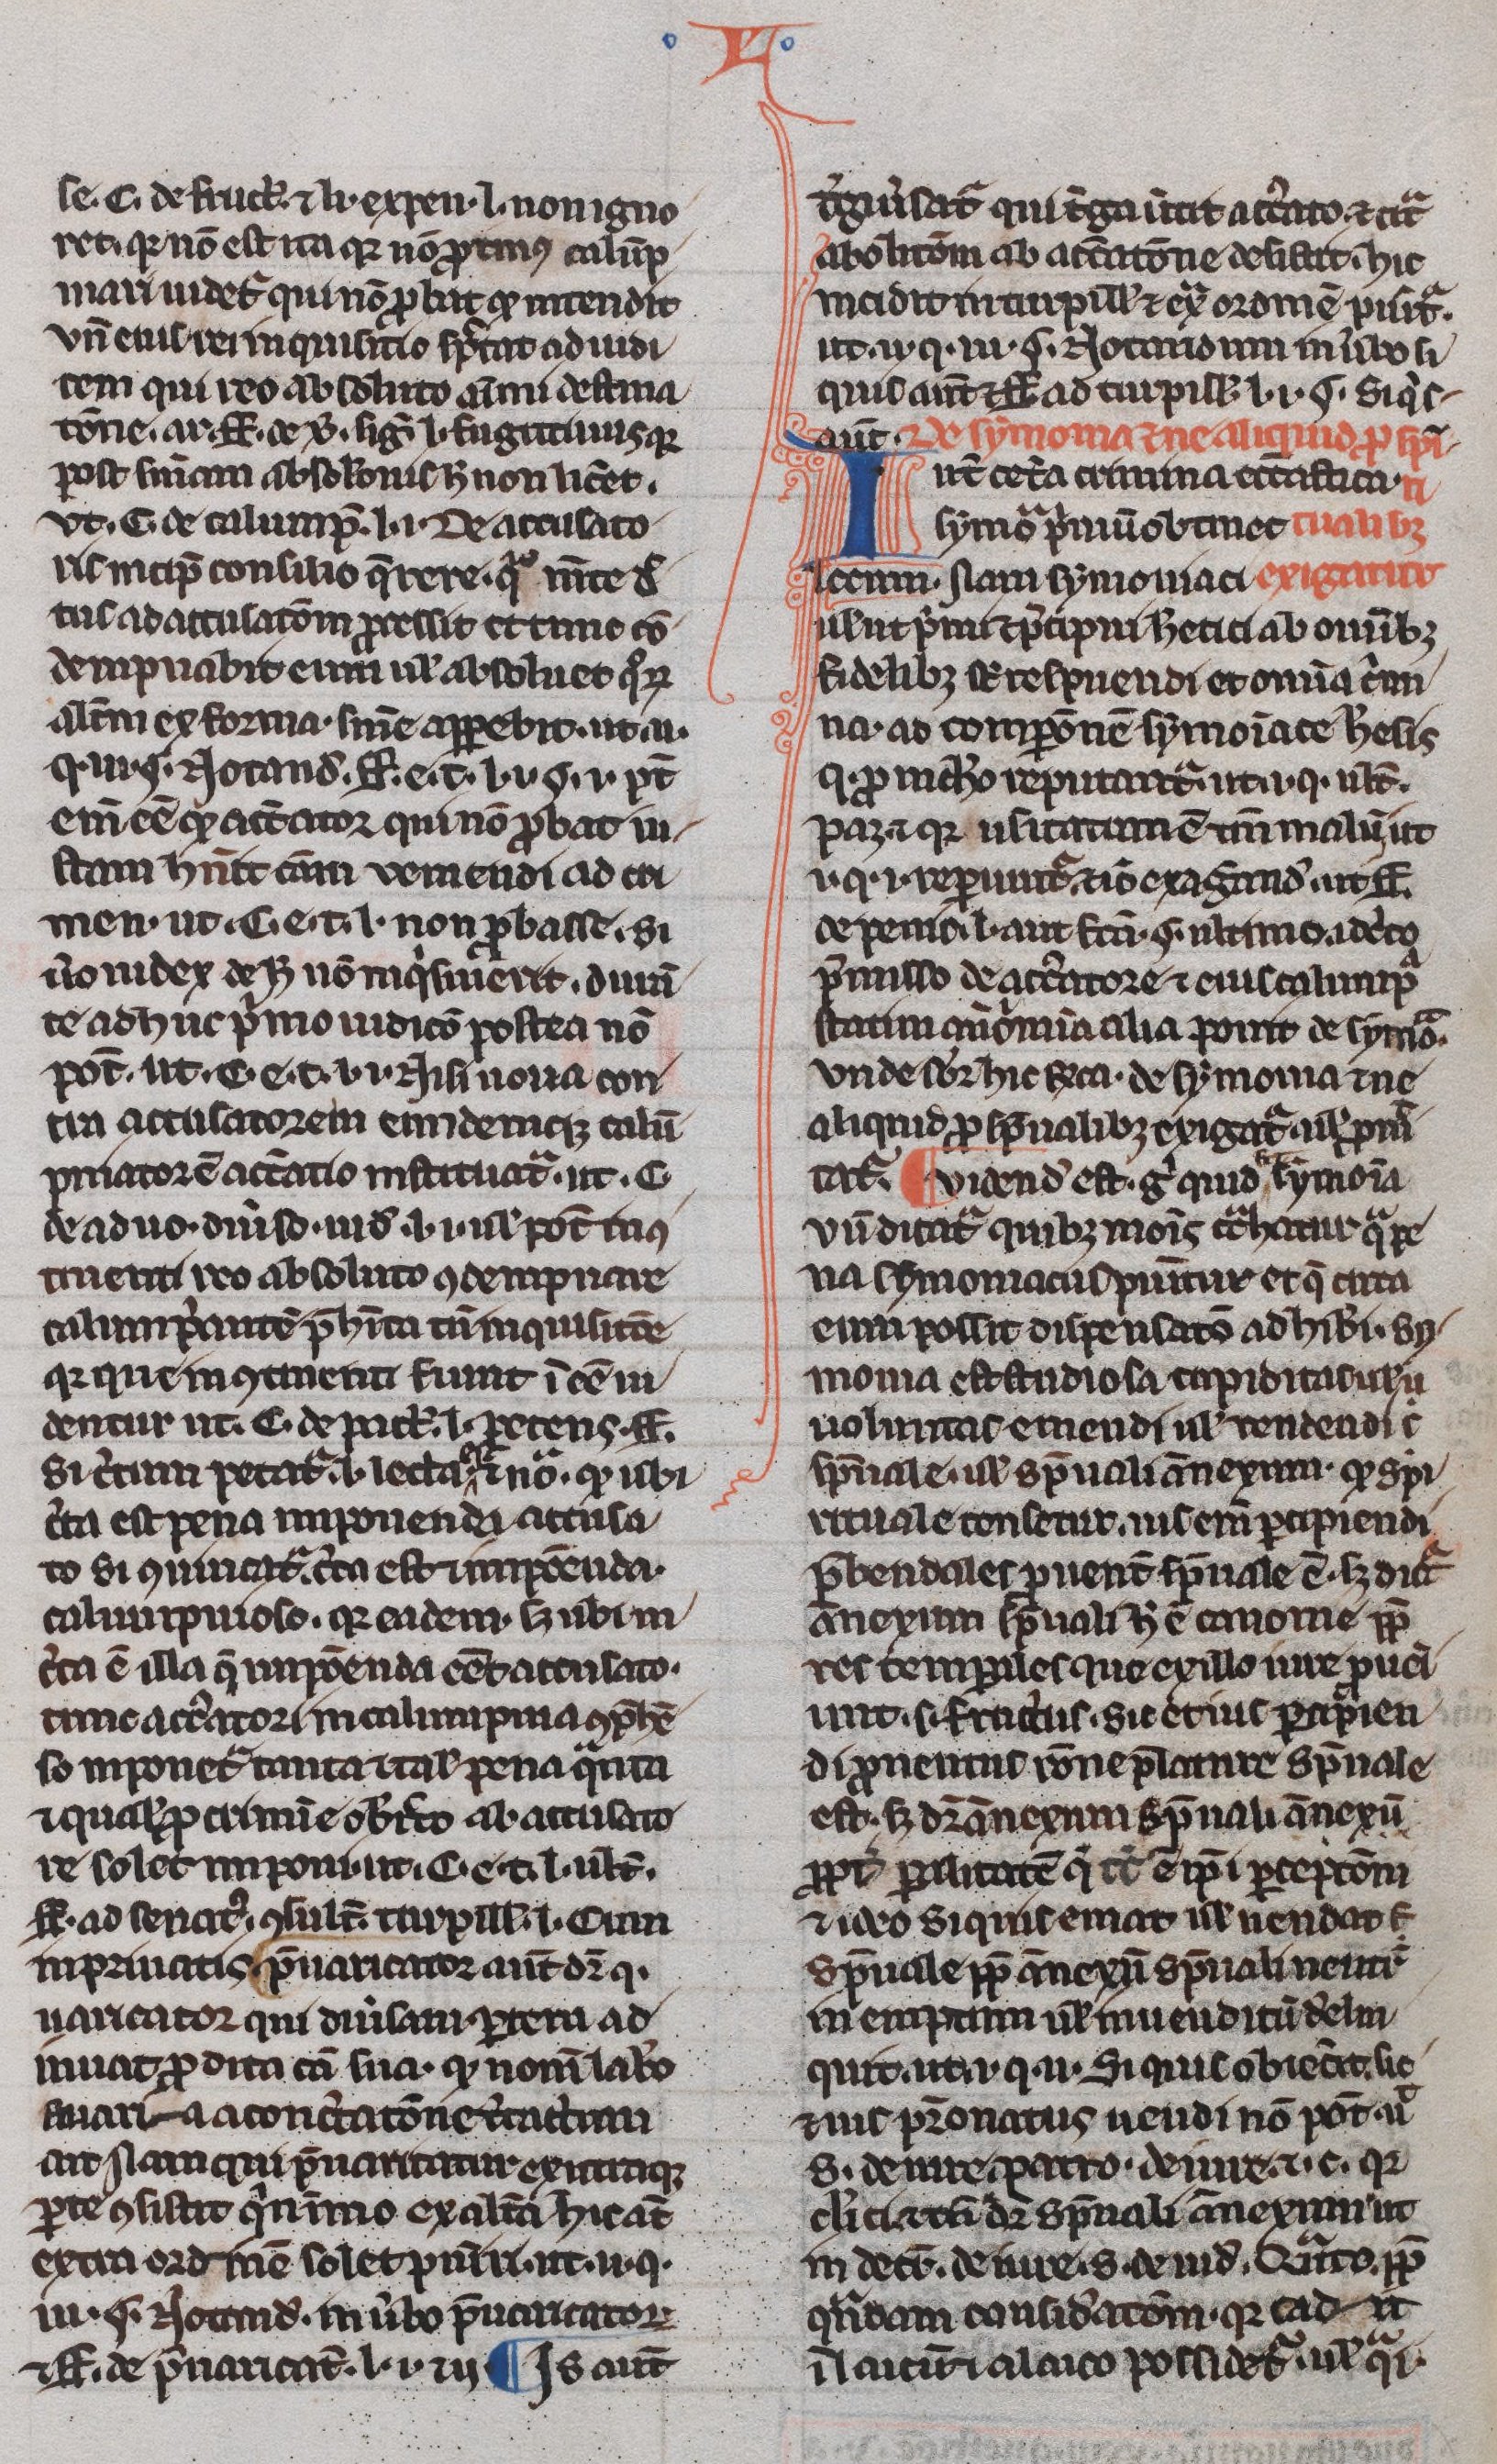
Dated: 1300–1330